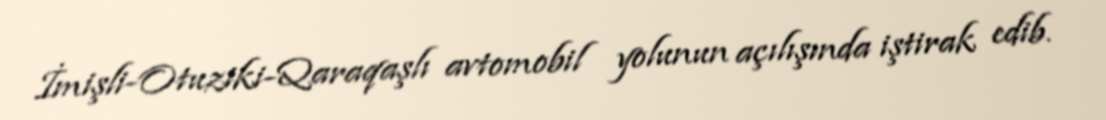
İmişli-Otuziki-Qaraqaşlı avtomobil yolunun açılışında iştirak edib.